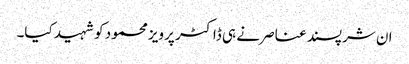
ان شرپسند عناصر نے ہی ڈاکٹر پرویز محمود کو شہید کیا۔